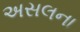
અસલના